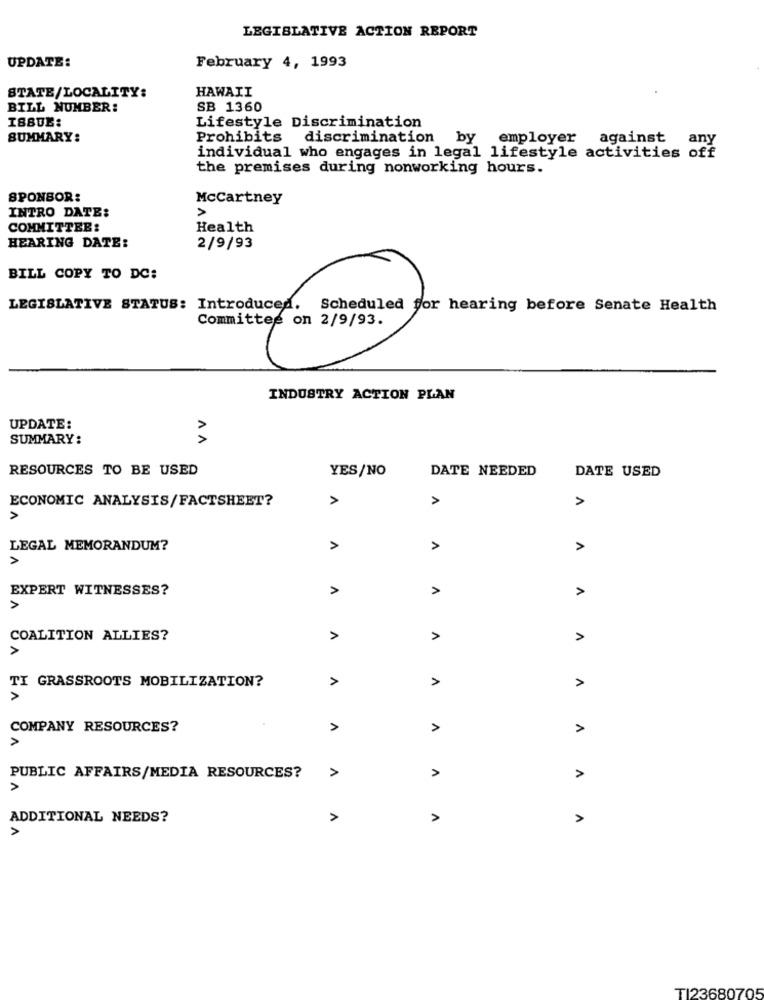
LEGISLATIVE ACTION REPORT
UPDATE:
February 4, 1993
HAWAII
STATE/LOCALITY:
BILL NUMBER:
SB 1360
ISSUE:
Lifestyle Discrimination
SUMMARY:
Prohibits discrimination by employer against any
individual who engages in legal lifestyle activities off
the premises during nonworking hours.
SPONSOR:
McCartney
INTRO DATE:
COMMITTEE:
Health
HEARING DATE:
2/9/93
BILL COPY TO DC:
LEGISLATIVE STATUS: Introduced. Scheduled for hearing before Senate Health
INDUSTRY ACTION PLAN
UPDATE:
SUMMARY:
>
RESOURCES TO BE USED
YES/NO
DATE NEEDED
DATE USED
ECONOMIC ANALYSIS/FACTSHEET?
>
A
A
LEGAL MEMORANDUM?
A
>
>
EXPERT WITNESSES?
A
A
COALITION ALLIES?
A
A
A
>
TI GRASSROOTS MOBILIZATION?
A
A
COMPANY RESOURCES?
A
>
>
PUBLIC AFFAIRS/MEDIA RESOURCES?
A
>
ADDITIONAL NEEDS?
A
A
TI23680705